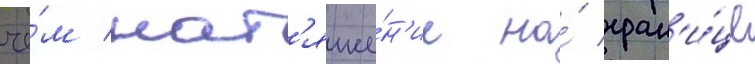
че́м нат'яже́н'ие на́ гран'и́це